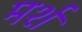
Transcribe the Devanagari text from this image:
मर्श